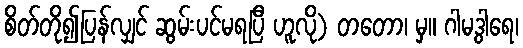
စိတ်တို၍ပြန်လျှင် ဆွမ်းပင်မရပြီ ဟူလို) တတော၊ မှ။ ဂါမဒွါရေ၊